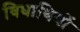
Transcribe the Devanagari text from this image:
विधाथियों